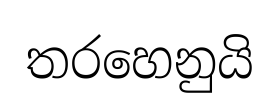
තරහෙනුයි